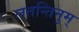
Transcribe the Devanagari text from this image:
लतन्तिनुम्